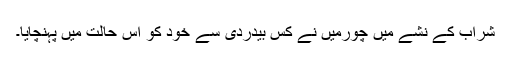
شراب کے نشے میں چورمیں نے کس بیدردی سے خود کو اس حالت میں پہنچایا۔